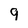
Character: 9